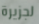
لجزيرة